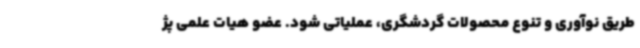
طریق نوآوری و تنوع محصولات گردشگری، عملیاتی شود. عضو هیات علمی پژ